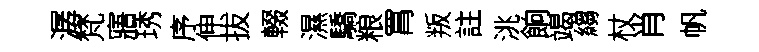
潺梵寤琇序伸拔輟濕驕粮罥叛註洮餉竭縐杖肖帆